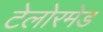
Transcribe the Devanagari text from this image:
टेलोरमेड